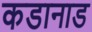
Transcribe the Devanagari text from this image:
कडानाड